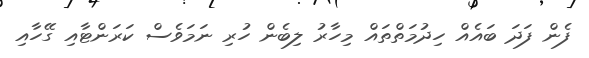
ފެން ފަދަ ބައެއް ހިދުމަތްތައް މިހާރު ލިބެން ހުރި ނަމަވެސް ކަރަންޓާއި ގޭހާއި